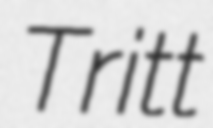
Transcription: Tritt